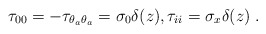
\begin{align*}\tau_{00}=-\tau_{\theta_a\theta_a}=\sigma_0\delta(z),\-\tau_{ii}=\sigma_x\delta(z)\;.\end{align*}